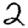
Digit: 2